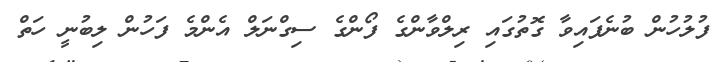
ފުލުހުން ބުނެފައިވާ ގޮތުގައި ރިލްވާންގެ ފޯންގެ ސިގްނަލް އެންމެ ފަހުން ލިބުނީ ހަތް